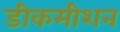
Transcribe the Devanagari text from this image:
डीकमीशन